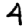
Digit: 4